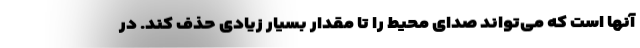
آنها است که می‌تواند صدای محیط را تا مقدار بسیار زیادی حذف کند. در